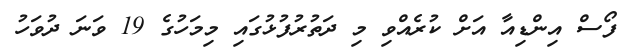
ފޯސް އިންޑިއާ އަށް ކުރެއްވި މި ދަތުރުފުޅުގައި މިމަހުގެ 19 ވަނަ ދުވަހު